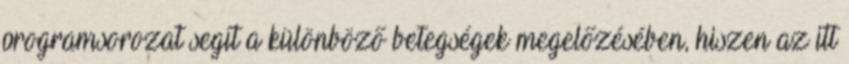
programsorozat segít a különböző betegségek megelőzésében, hiszen az itt